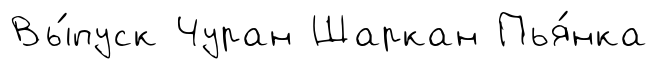
Вы́пуск Чуран Шаркан Пья́нка